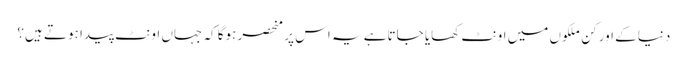
دنیا کے اور کن ملکوں میں اونٹ کھایا جاتاہے یہ اس پر منحصر ہوگا کہ جہاں اونٹ پیدا ہوتے ہیں؟